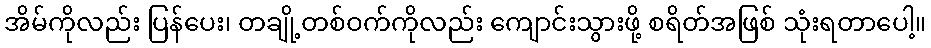
အိမ်ကိုလည်း ပြန်ပေး၊ တချို့တစ်ဝက်ကိုလည်း ကျောင်းသွားဖို့ စရိတ်အဖြစ် သုံးရတာပေါ့။